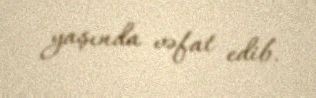
yaşında vəfat edib.